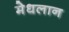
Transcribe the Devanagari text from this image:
मेधलान